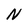
Character: N